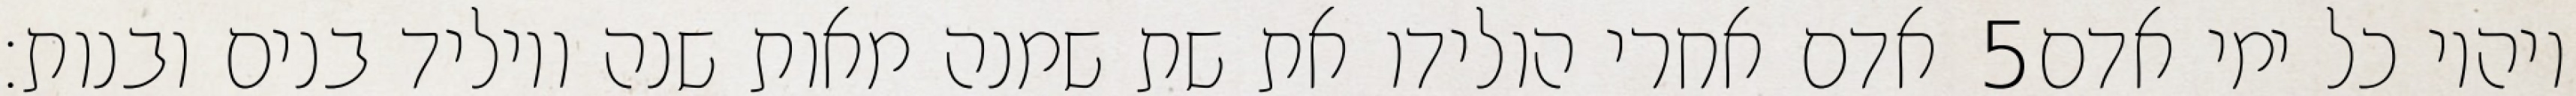
אדם אחרי הולידו את שת שמנה מאות שנה ויוליד בנים ובנות׃ ‎5‏ ויהיו כל ימי אדם